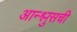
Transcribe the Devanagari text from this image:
आन्श्लुसची